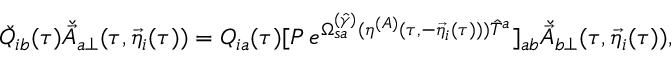
\check { Q } _ { i b } ( \tau ) \check { \vec { A } } _ { a \perp } ( \tau , { \vec { \eta } } _ { i } ( \tau ) ) = Q _ { i a } ( \tau ) [ P \, e ^ { \Omega _ { s a } ^ { ( \hat { \gamma } ) } ( \eta ^ { ( A ) } ( \tau , - { \vec { \eta } } _ { i } ( \tau ) ) ) { \hat { T } } ^ { a } } ] _ { a b } \check { \vec { A } } _ { b \perp } ( \tau , { \vec { \eta } } _ { i } ( \tau ) ) ,